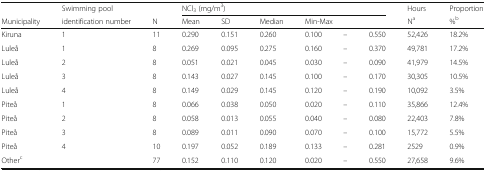
|  | Swimming pool |  | <COLSPAN=6> NCl3 (mg/m3) | Hours | Proportion |
 | Municipality | identification number | N | Mean | SD | Median | <COLSPAN=3> Min-Max | Na | %b |
 | --- | --- | --- | --- | --- | --- | --- | --- | --- | --- | --- |
 | Kiruna | 1 | 11 | 0.290 | 0.151 | 0.260 | 0.100 | – | 0.550 | 52,426 | 18.2% |
 | Luleå | 1 | 8 | 0.269 | 0.095 | 0.275 | 0.160 | – | 0.370 | 49,781 | 17.2% |
 | Luleå | 2 | 8 | 0.051 | 0.021 | 0.045 | 0.030 | – | 0.090 | 41,979 | 14.5% |
 | Luleå | 3 | 8 | 0.143 | 0.027 | 0.145 | 0.100 | – | 0.170 | 30,305 | 10.5% |
 | Luleå | 4 | 8 | 0.149 | 0.029 | 0.145 | 0.120 | – | 0.190 | 10,092 | 3.5% |
 | Piteå | 1 | 8 | 0.066 | 0.038 | 0.050 | 0.020 | – | 0.110 | 35,866 | 12.4% |
 | Piteå | 2 | 8 | 0.058 | 0.013 | 0.055 | 0.040 | – | 0.080 | 22,403 | 7.8% |
 | Piteå | 3 | 8 | 0.089 | 0.011 | 0.090 | 0.070 | – | 0.100 | 15,772 | 5.5% |
 | Piteå | 4 | 10 | 0.197 | 0.052 | 0.189 | 0.133 | – | 0.281 | 2529 | 0.9% |
 | Otherc |  | 77 | 0.152 | 0.110 | 0.120 | 0.020 | – | 0.550 | 27,658 | 9.6% |